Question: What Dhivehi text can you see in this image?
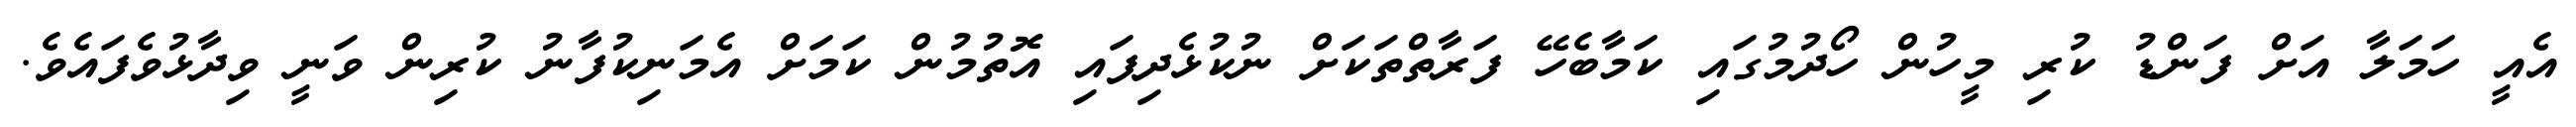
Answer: އެއީ ހަމަލާ އަށް ފަންޑު ކުރި މީހުން ހޯދުމުގައި ކަމާބެހޭ ފަރާތްތަކަށް ނުކުޅެދިފައި އޮތުމުން ކަމަށް އެމަނިކުފާނު ކުރިން ވަނީ ވިދާޅުވެފައެވެ.